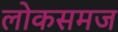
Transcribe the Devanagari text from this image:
लोकसमज